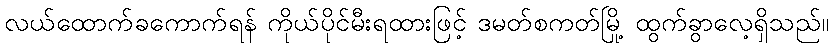
လယ်ထောက်ခကောက်ရန် ကိုယ်ပိုင်မီးရထားဖြင့် ဒမတ်စကတ်မြို့ ထွက်ခွာလေ့ရှိသည်။